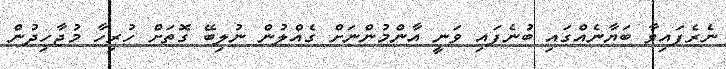
ނެރެފައިވާ ބަޔާނެއްގައި ބުނެފައި ވަނީ އާންމުންނަށް ގެއްލުން ނުލިބޭ ގޮތަށް ހުރިހާ މުޖާހިދުން